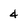
Character: 4